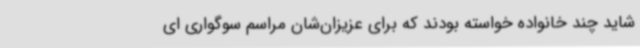
شاید چند خانواده خواسته بودند که برای عزیزان‌شان مراسم سوگواری ای